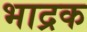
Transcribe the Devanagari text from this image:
भाद्रक